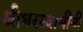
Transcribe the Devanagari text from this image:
श्रीधरस्वामींनी